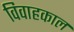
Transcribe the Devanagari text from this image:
विवाहकाल